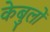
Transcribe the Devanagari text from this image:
केबुलों